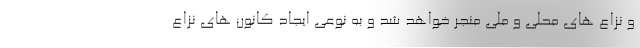
و نزاع های محلی و ملی منجر خواهد شد و به نوعی ایجاد کانون های نزاع